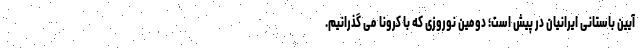
آیین باستانی ایرانیان در پیش است؛ دومین نوروزی که با کرونا می گذرانیم.